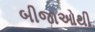
બીજાઓથી